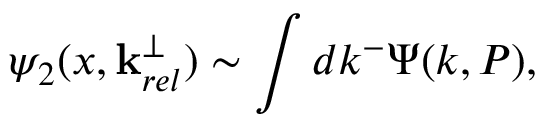
\psi _ { 2 } ( x , \mathbf { k } _ { r e l } ^ { \perp } ) \sim \int d k ^ { - } \Psi ( k , P ) ,